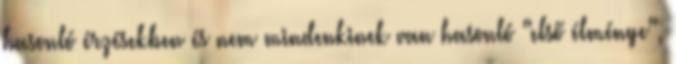
hasonló érzésekben és nem mindenkinek van hasonló "első élménye",